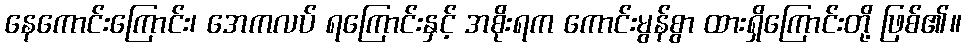
နေကောင်းကြောင်း၊ အေကလပ် ရကြောင်းနှင့် အစိုးရက ကောင်းမွန်စွာ ထားရှိကြောင်းတို့ ဖြစ်၏။